Senior Leaving Certificate Examination (including Day School Certificate (Higher) General paper), 1949
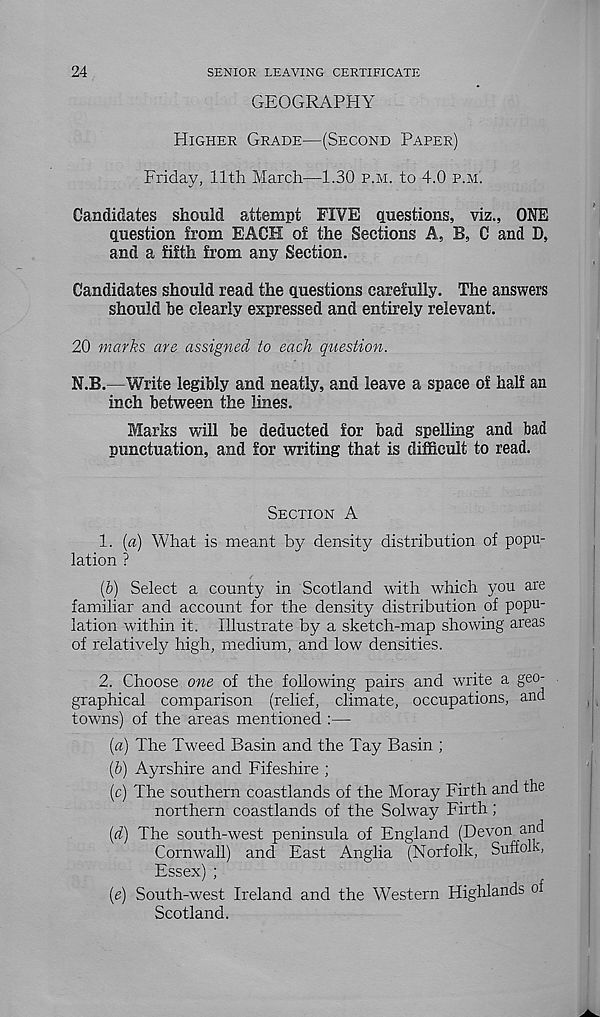
24
SENIOR LEAVING CERTIFICATE
GEOGRAPHY
HIGHER GRADE—(SECOND PAPER)
Friday, 11th March—1.30 P.M. to 4.0 P.M.
Candidates should attempt FIVE questions, viz., ONE
question from EACH of the Sections A, B, C and D,
and a fifth from any Section.
Candidates should read the questions carefully. The answers
should be clearly expressed and entirely relevant.
20 marks are assigned to each question.
N.B.—Write legibly and neatly, and leave a space of half an
inch between the lines.
Marks will be deducted for bad spelling and bad
punctuation, and for writing that is difficult to read.
SECTION A
1. {a) What is meant by density distribution of popu-
lation ?
(&) Select a county in Scotland with which you are
familiar and account for the density distribution of popu-
lation within it. Illustrate by a sketch-map showing areas
of relatively high, medium, and low densities.
2. Choose one of the following pairs and write a geo-
graphical comparison (relief, climate, occupations, and
towns) of the areas mentioned :—
{a) The Tweed Basin and the Tay Basin ;
(5) Ayrshire and Fifeshire ;
(c) The southern coastlands of the Moray Firth and the
northern coastlands of the Solway Firth;
(d) The south-west peninsula of England (Devon and
Cornwall) and East Anglia (Norfolk, Suffolk,
Essex) ;
(e) South-west Ireland and the Western Highlands of
Scotland.